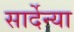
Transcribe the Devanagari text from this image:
सार्देन्या